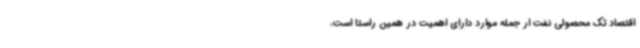
اقتصاد تک محصولی نفت ار جمله موارد دارای اهمیت در همین راستا است،